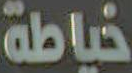
خياطة